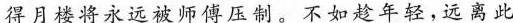
得月楼将永远被师傅压制。不如趁年轻，远离此